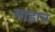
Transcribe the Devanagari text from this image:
माहान